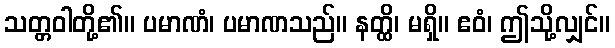
သတ္တဝါတို့၏။ ပမာဏံ၊ ပမာဏသည်။ နတ္ထိ၊ မရှိ။ ဧဝံ၊ ဤသို့လျှင်။